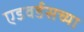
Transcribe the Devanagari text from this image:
एडवर्डसच्या